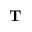
\bf T